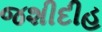
જશીદીહ